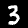
Label: 3